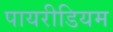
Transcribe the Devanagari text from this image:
पायरीडियम